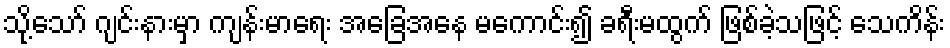
သို့သော် ဂျင်းနားမှာ ကျန်းမာရေး အခြေအနေ မကောင်း၍ ခရီးမထွက် ဖြစ်ခဲ့သဖြင့် သေကိန်း